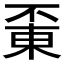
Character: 𠁋